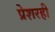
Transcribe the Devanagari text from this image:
प्रेशरही